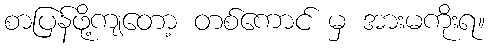
စာပြန်ဖို့ကျတော့ တစ်ကောင် မှ အားမကိုးရ။